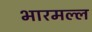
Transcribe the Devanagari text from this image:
भारमल्ल